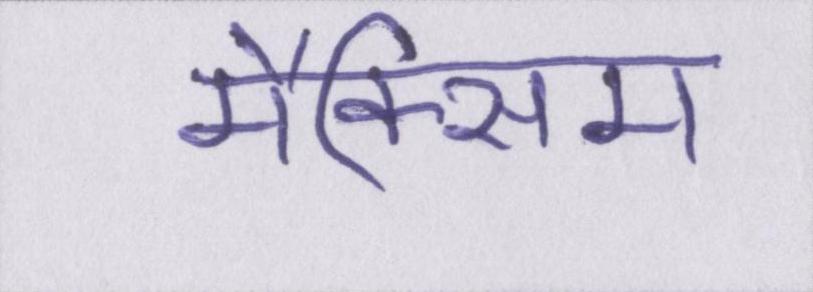
मैक्सिम